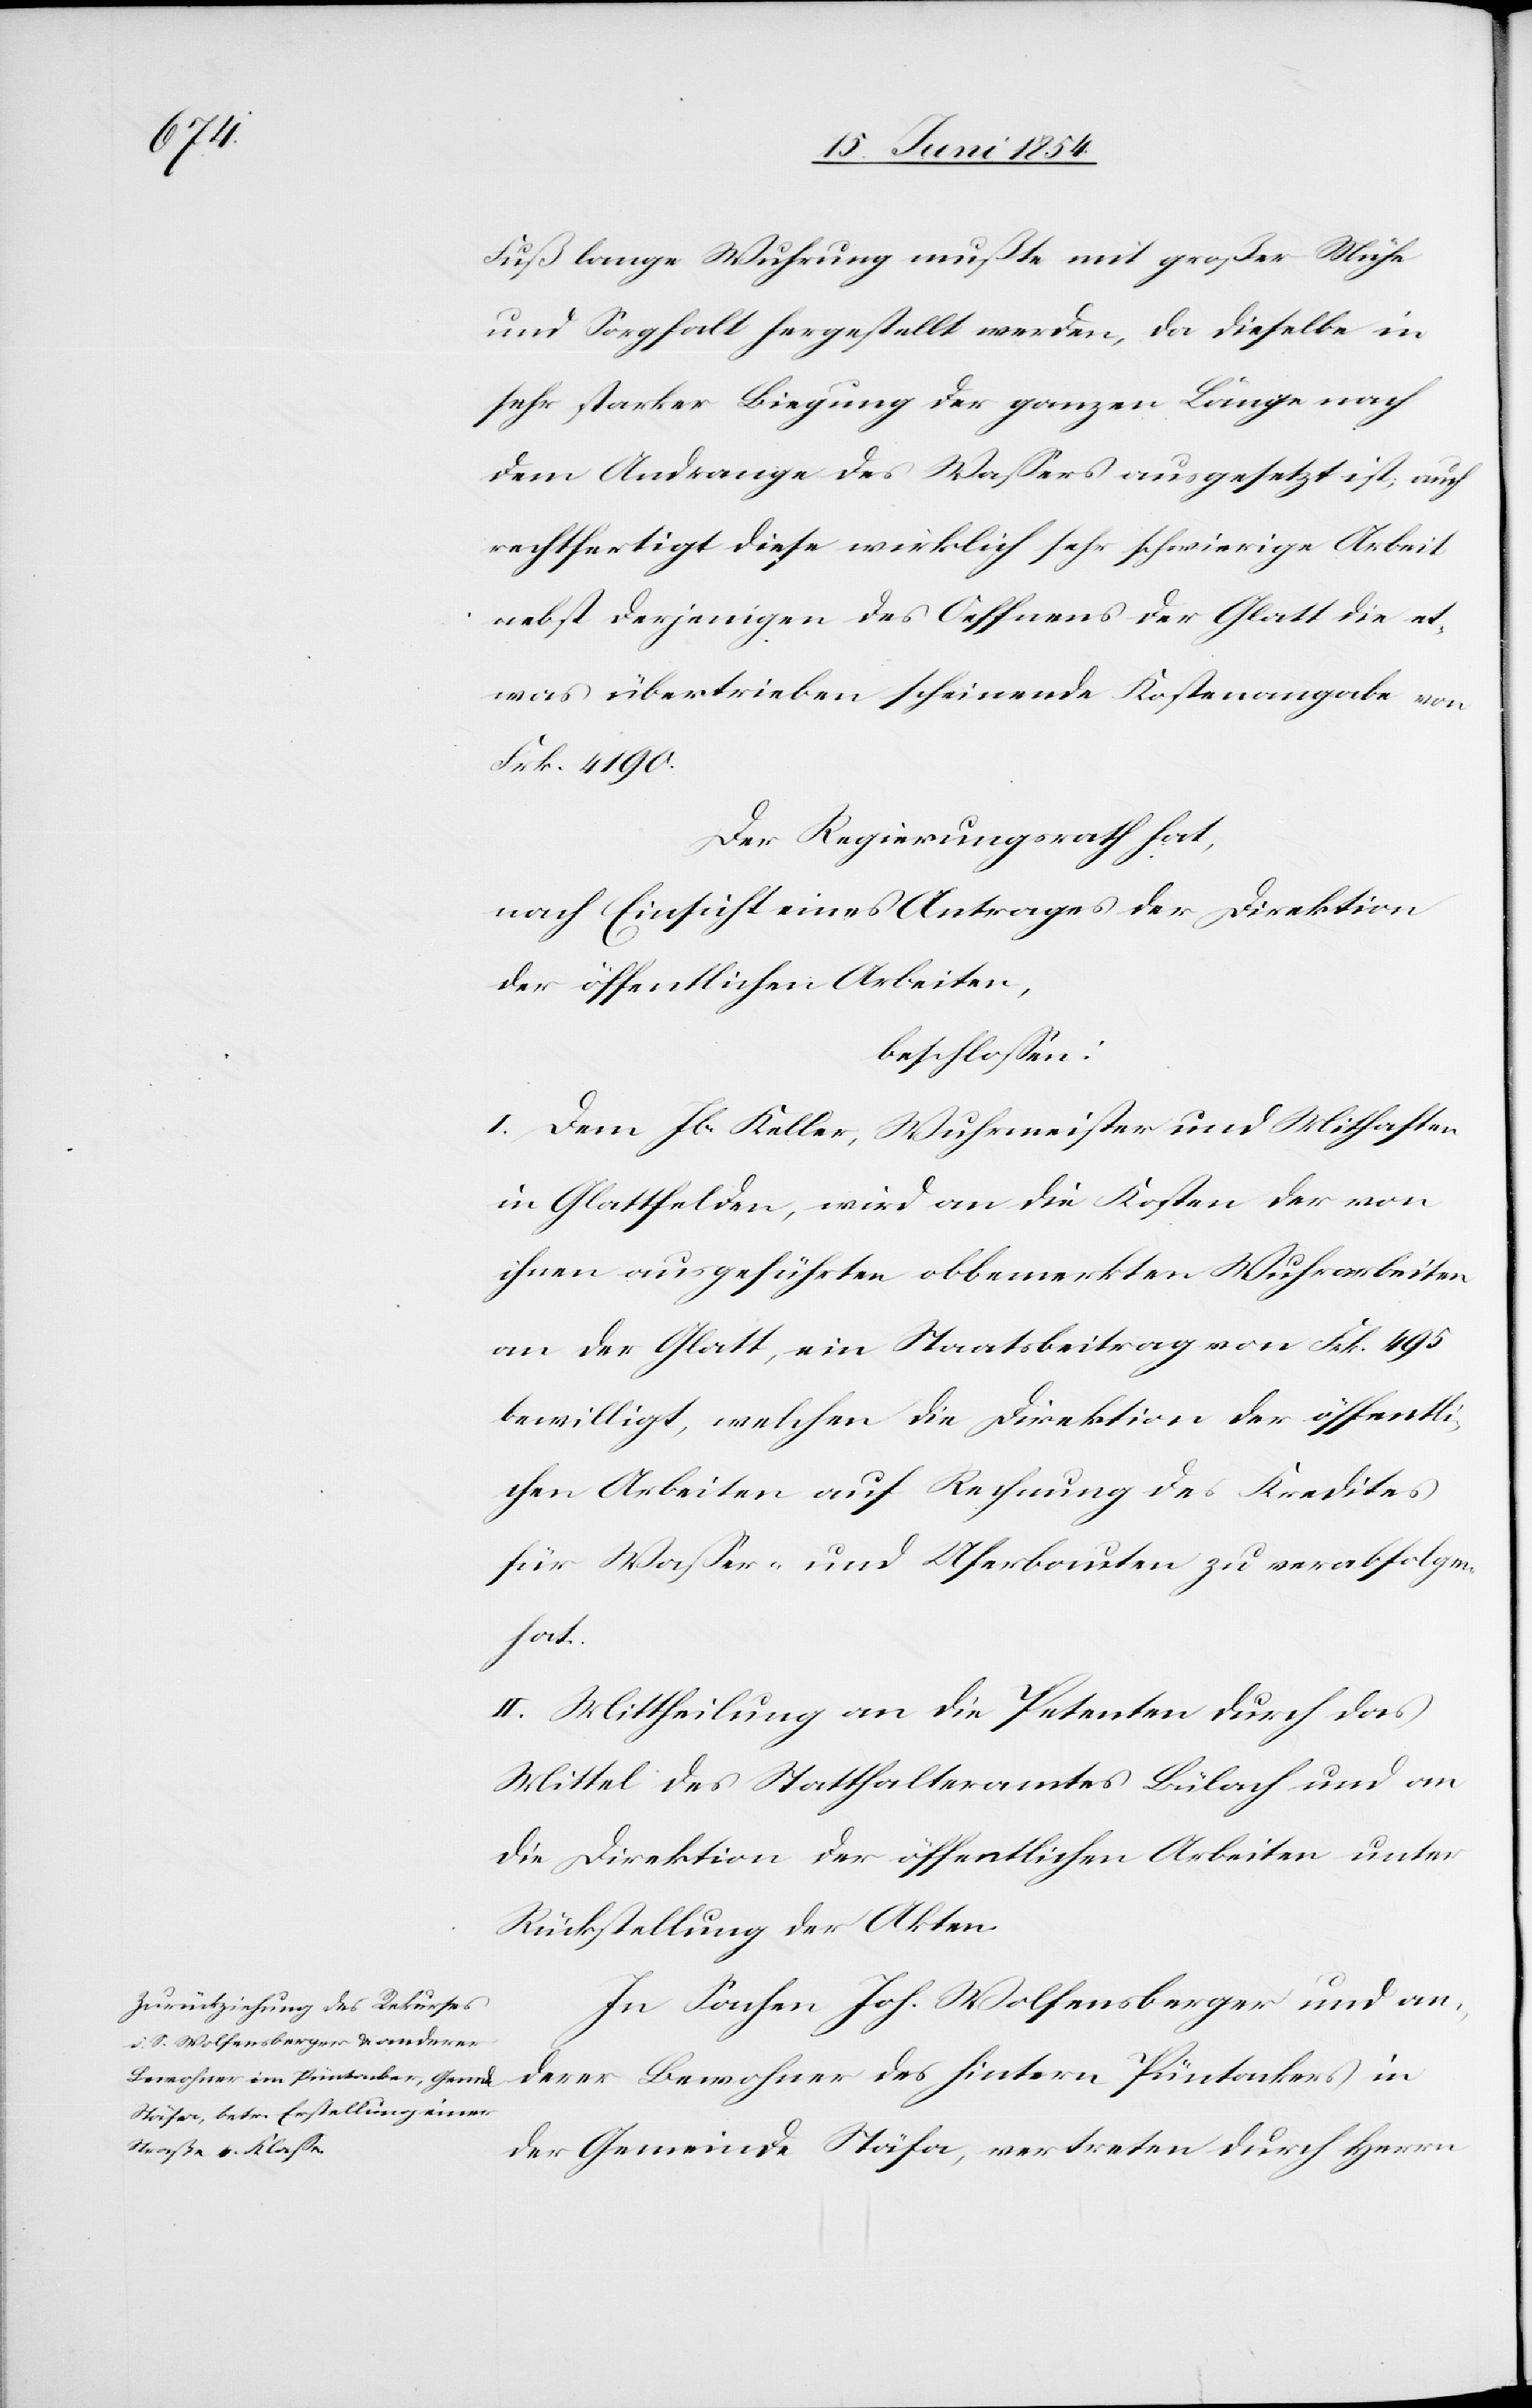
Fuß lange Wuhrung mußte mit großer Mühe
und Sorgfalt hergestellt werden, da dieselbe in
sehr starker Biegung der ganzen Länge nach
dem Andrange des Waßers ausgesetzt ist; auch
rechtfertigt diese wirklich sehr schwierige Arbeit
nebst derjenigen des Oeffnens der Glatt die et¬
was übertrieben scheinende Kostenangabe von
Frk. 4190.
Der Regierungsrath hat,
nach Einsicht eines Antrages der Direktion
der öffentlichen Arbeiten,
beschloßen:
I. Dem Jb. Keller, Wuhrmeister und Mithaften
in Glattfelden, wird an die Kosten der von
ihnen ausgeführten obbemerkten Wuhrarbeiten
an der Glatt, ein Staatsbeitrag von Frk. 495
bewilligt, welchen die Direktion der öffentli¬
chen Arbeiten auf Rechnung des Kredites
für Waßer- und Uferbauten zu verabfolgen
hat.
II. Mittheilung an die Petenten durch das
Mittel des Statthalteramtes Bülach und an
die Direktion der öffentlichen Arbeiten unter
Rückstellung der Akten.
In Sachen Joh. Wolfensberger und an¬
derer Bewohner des hintern Püntackers in
der Gemeinde Stäfa, vertreten durch Herrn